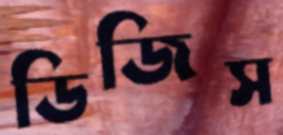
ডিজিস